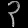
Digit: ၃